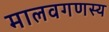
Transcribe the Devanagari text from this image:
मालवगणस्य